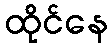
ထိုင်နေ